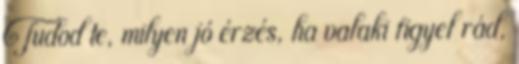
Tudod te, milyen jó érzés, ha valaki figyel rád,